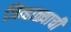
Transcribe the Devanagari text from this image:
जिव्हाळ्याची